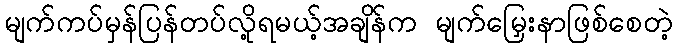
မျက်ကပ်မှန်ပြန်တပ်လို့ရမယ့်အချိန်က မျက်မြှေးနာဖြစ်စေတဲ့